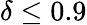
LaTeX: \delta\leq 0.9